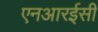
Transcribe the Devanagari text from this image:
एनआरईसी